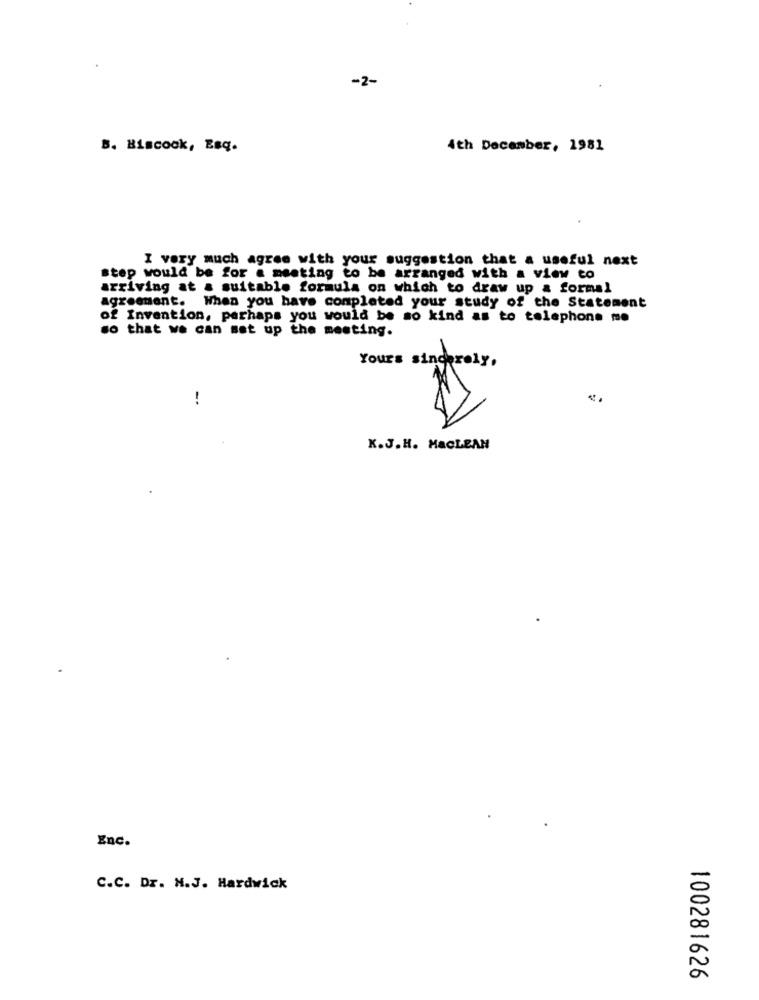
-2-
B. Biscook, Esq.
4th December, 1981
I very much agree with your suggestion that a useful next
step would be for a meeting to be arranged with a view to
arriving at a suitable formula on which to draw up & formal
agreement. When you have completed your study of the Statement
of Invention, perhaps you would be so kind as to telephone me
so that we can set up the meeting.
Yours sincerely,
!
K.J.H. MaCLEAN
Enc.
C.C. Dr. M.J. Hardwick
100281626